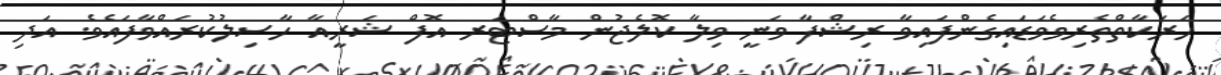
ހަރަކާތްތެރިވެވަޑައިގެންފައިވާ ރިޝްފާ ވަނީ ވިލާ ކޮލެޖުން މާސްޓަރ އޮފް ޝަރީއާ ހާސިލުކުރައްވާފައެވެ. އަދި